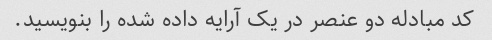
کد مبادله دو عنصر در یک آرایه داده شده را بنویسید.